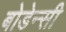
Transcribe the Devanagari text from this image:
बोडेन्सी